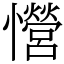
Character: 𢥏